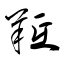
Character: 羝